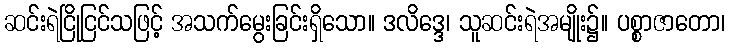
ဆင်းရဲငြိုငြင်သဖြင့် အသက်မွေးခြင်းရှိသော။ ဒလိဒ္ဒေ၊ သူဆင်းရဲအမျိုး၌။ ပစ္စာဇာတော၊